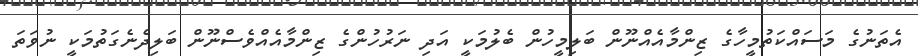
އެތަނުގެ މަސައްކަތުމީހާގެ ޒިންމާއެއްނޫން ބަލިމީހުން ބެލުމަކީ އަދި ނަރުހުންގެ ޒިންމާއެއްވެސްނޫން ބަލިދެނެގަތުމަކީ ނުވަތަ